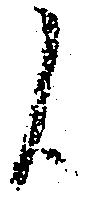
候